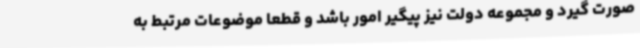
صورت گیرد و مجموعه دولت نیز پیگیر امور باشد و قطعا موضوعات مرتبط به